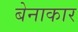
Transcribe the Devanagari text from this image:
बेनाकार